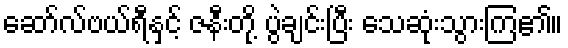
ဆော်လ်ဗယ်ရီနှင့် ဇနီးတို့ ပွဲချင်းပြီး သေဆုံးသွားကြ၏။